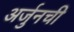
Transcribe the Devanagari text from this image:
अर्जुनची